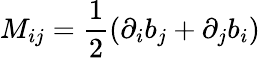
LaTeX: M_{ij}=\frac{1}{2}(\partial_{i}b_{j}+\partial_{j}b_{i})